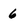
Character: 6